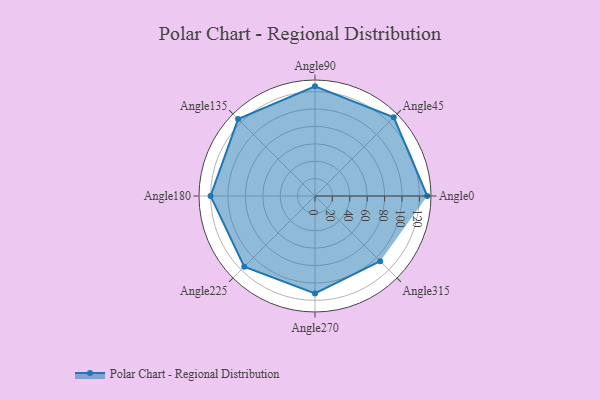
{"axis": {"x": "Angle", "y": "Radius"}, "legend": [""], "data": [{"x": "Angle0", "y": 129.0, "type": ""}, {"x": "Angle45", "y": 128.0, "type": ""}, {"x": "Angle90", "y": 126.0, "type": ""}, {"x": "Angle135", "y": 125.0, "type": ""}, {"x": "Angle180", "y": 120.0, "type": ""}, {"x": "Angle225", "y": 115.0, "type": ""}, {"x": "Angle270", "y": 112.0, "type": ""}, {"x": "Angle315", "y": 106.0, "type": ""}]}